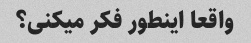
واقعا اینطور فکر میکنی؟